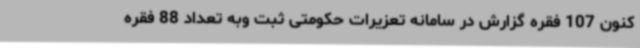
کنون 107 فقره گزارش در سامانه تعزیرات حکومتی ثبت وبه تعداد 88 فقره